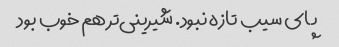
پای سیب تازه نبود. شیرینی‌تر هم خوب بود